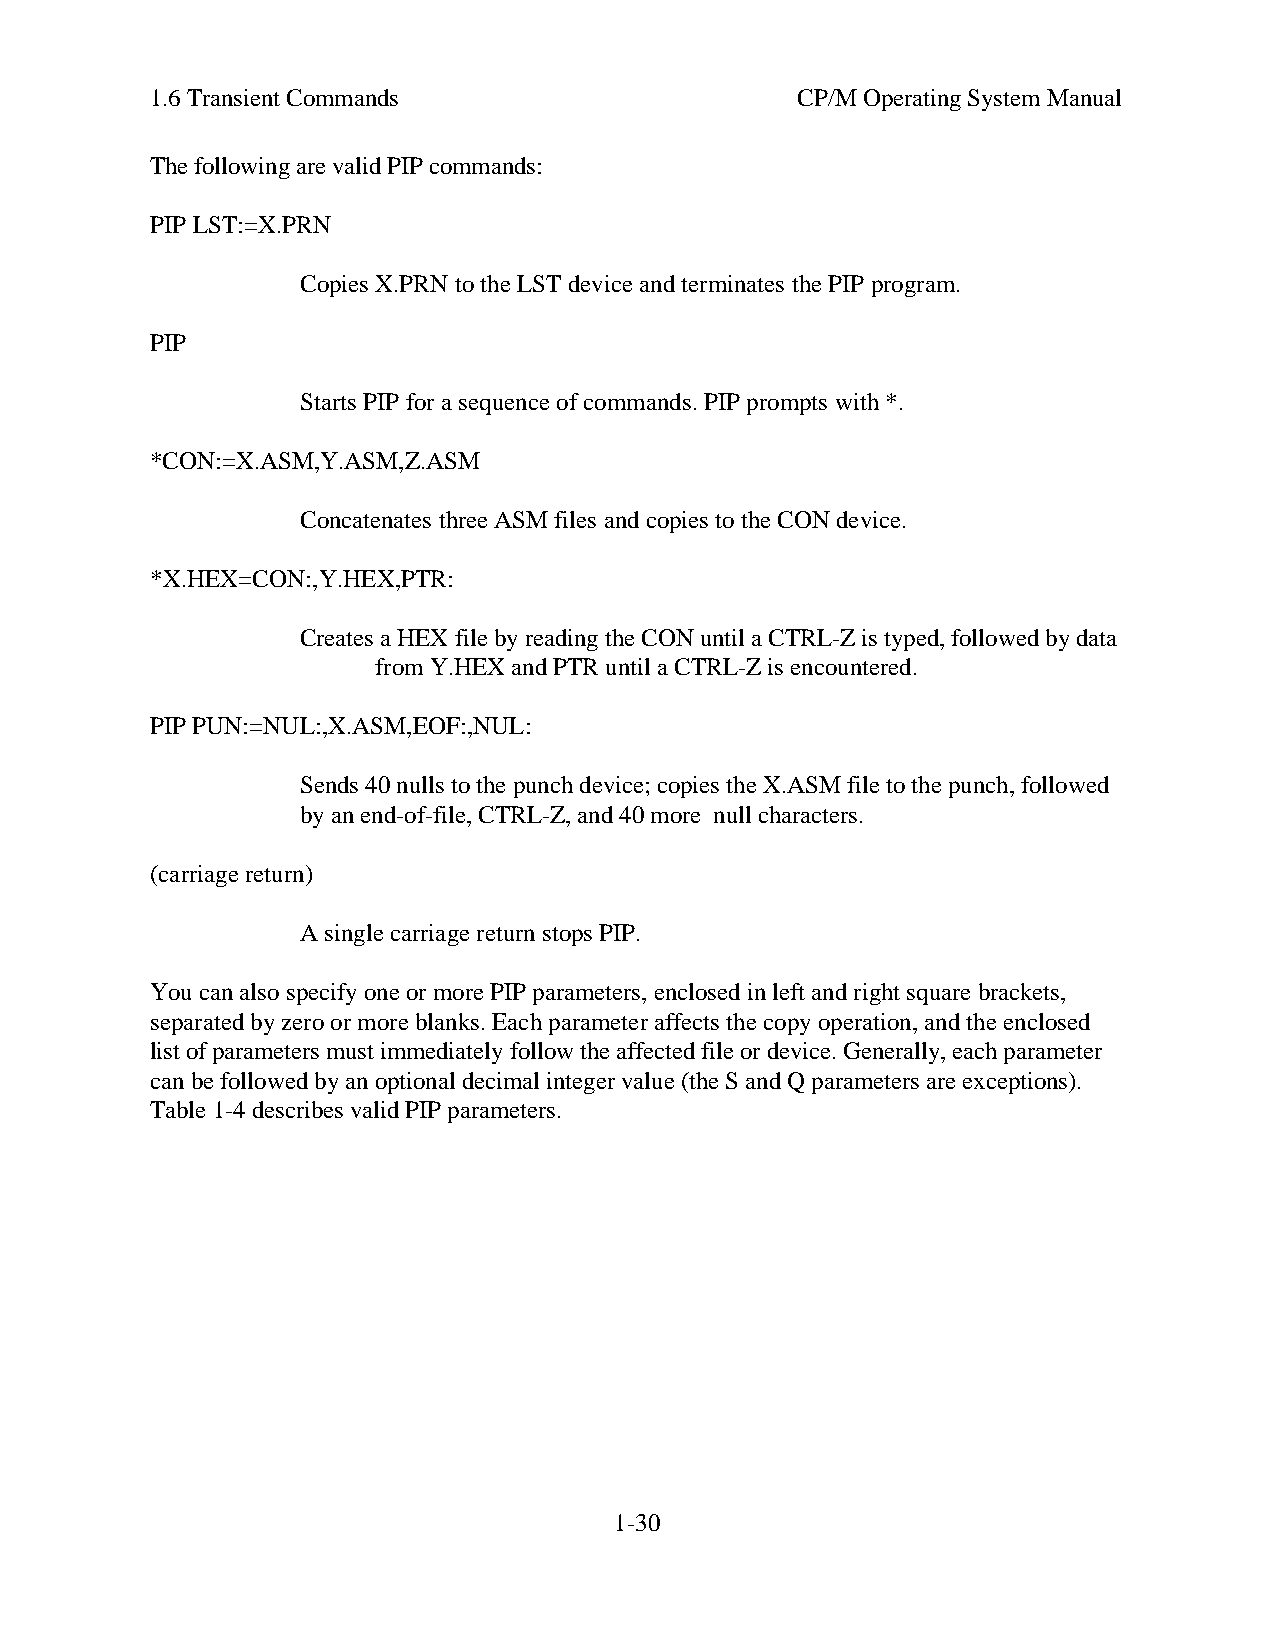
1.6 Transient Commands                     CP/M Operating System Manual
 The following are valid PIP commands:
 PIP LST:=X.PRN
 Copies X.PRN to the LST device and terminates the PIP program.
 PIP
 Starts PIP for a sequence of commands. PIP prompts with *.
 *CON:=X.ASM,Y.ASM,Z.ASM
 Concatenates three ASM files and copies to the CON device.
 *X.HEX=CON:,Y.HEX,PTR:
 Creates a HEX file by reading the CON until a CTRL-Z is typed, followed by data
 from Y.HEX and PTR until a CTRL-Z is encountered.
 PIP PUN:=NUL:,X.ASM,EOF:,NUL:
 Sends 40 nulls to the punch device; copies the X.ASM file to the punch, followed
 by an end-of-file, CTRL-Z, and 40 more null characters.
 (carriage return)
 A single carriage return stops PIP.
 You can also specify one or more PIP parameters, enclosed in left and right square brackets,
 separated by zero or more blanks. Each parameter affects the copy operation, and the enclosed
 list of parameters must immediately follow the affected file or device. Generally, each parameter
 can be followed by an optional decimal integer value (the S and Q parameters are exceptions).
 Table 1-4 describes valid PIP parameters.
 1-30